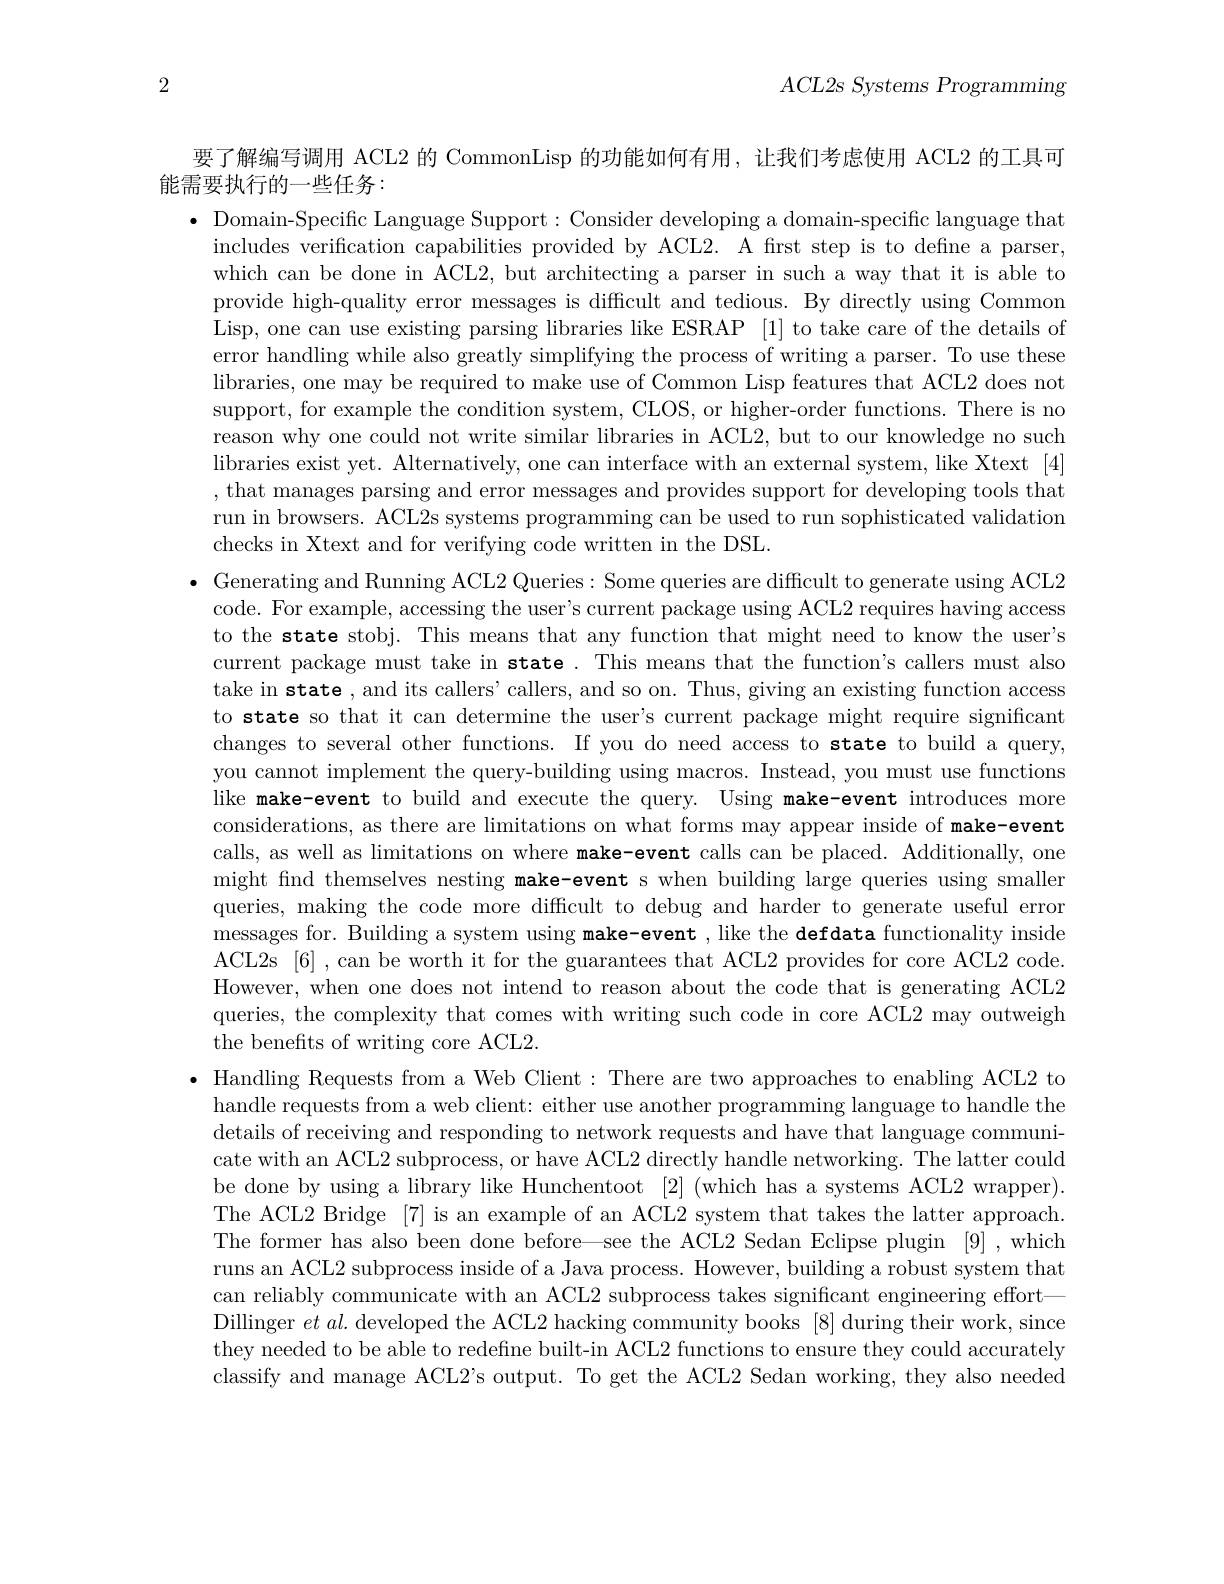
2

$ACL2s~Systems~Programming$

要了解编写调用 ACL2 的 CommonLisp 的功能如何有用，让我们考虑使用 ACL2 的工具可
能需要执行的一些任务：
$\bullet$ Domain-Specific Language Support: Consider developing a domain-specific language that includes verification capabilities provided by ACL2. A first step is to define a parser, which can be done in ACL2, but architecting a parser in such a way that it is able to provide high-quality error messages is difficult and tedious. By directly using Common Lisp, one can use existing parsing libraries like ESRAP [1] to take care of the details of error handling while also greatly simplifying the process of writing a parser. To use these libraries, one may be required to make use of Common Lisp features that ACL2 does not support, for example the condition system, CLOS, or higher-order functions. There is no reason why one could not write similar libraries in ACL2, but to our knowledge no such libraries exist yet. Alternatively, one can interface with an external system, like Xtext [4] , that manages parsing and error messages and provides support for developing tools that run in browsers. ACL2s systems programming can be used to run sophisticated validation checks in Xtext and for verifying code written in the DSL.
$\bullet$ Generating and Running ACL2 Queries: Some queries are difficult to generate using ACL2 code. For example, accessing the user's current package using ACL2 requires having access to the state stobj. This means that any function that might need to know the user's current package must take in state. This means that the function's callers must also take in state , and its callers' callers, and so on. Thus, giving an existing function access to state so that it can determine the user's current package might require significant changes to several other functions. If you do need access to state to build a query, you cannot implement the query-building using macros. Instead, you must use functions like make-event to build and execute the query. Using make-event introduces more considerations, as there are limitations on what forms may appear inside of make-event calls, as well as limitations on where make-event calls can be placed. Additionally, one might find themselves nesting make-event s when building large queries using smaller queries, making the code more difficult to debug and harder to generate useful error messages for. Building a system using make-event , like the defdata functionality inside ACL2s [6] , can be worth it for the guarantees that ACL2 provides for core ACL2 code. However, when one does not intend to reason about the code that is generating ACL2 queries, the complexity that comes with writing such code in core ACL2 may outweigh the benefits of writing core ACL2.
$\bullet$ Handling Requests from a Web Client: There are two approaches to enabling ACL2 to handle requests from a web client: either use another programming language to handle the details of receiving and responding to network requests and have that language communicate with an ACL2 subprocess, or have ACL2 directly handle networking. The latter could be done by using a library like Hunchentoot [2] (which has a systems ACL2 wrapper). The ACL2 Bridge [7] is an example of an ACL2 system that takes the latter approach. The former has also been done before—see the ACL2 Sedan Eclipse plugin [9] ,which runs an ACL2 subprocess inside of a Java process. However, building a robust system that can reliably communicate with an ACL2 subprocess takes significant engineering effort— Dillinger $etal.$ developed the ACL2 hacking community books [8] during their work, since they needed to be able to redefine built-in ACL2 functions to ensure they could accurately classify and manage ACL2's output. To get the ACL2 Sedan working, they also needed